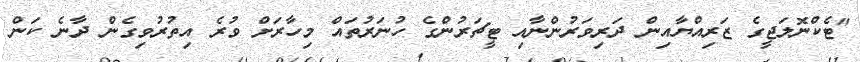
"ޓެކްނޮލަޖީގެ ޒަރިއްޔާއިން ދަރިވަރުންނާއި ޓީޗަރުންގެ ހުނަރުތައް މިހާރަށް ވުރެ އިތުރުވިގެން ދާނެ ކަން